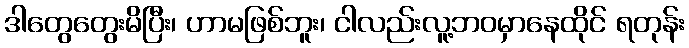
ဒါတွေတွေးမိပြီး၊ ဟာမဖြစ်ဘူး၊ ငါလည်းလူ့ဘဝမှာနေထိုင် ရတုန်း